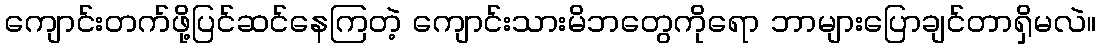
ကျောင်းတက်ဖို့ပြင်ဆင်နေကြတဲ့ ကျောင်းသားမိဘတွေကိုရော ဘာများပြောချင်တာရှိမလဲ။